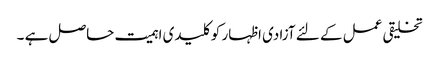
تخلیقی عمل کے لئے آزادی اظہار کو کلیدی اہمیت حاصل ہے ۔